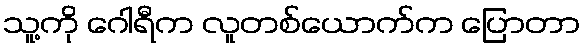
သူ့ကို ဂေါရီက လူတစ်ယောက်က ပြောတာ